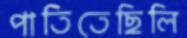
পাতিতেছিলি